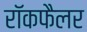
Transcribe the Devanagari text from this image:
रॉकफैलर